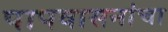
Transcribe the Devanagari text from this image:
पापवासनांचा